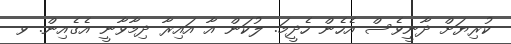
ކުރިޔަށް ދާނީވެސް އެހެން ހެދީމަ. ލުކަން އާ އައިރާ ދިމާވާނީ އެގެއިން. ވ